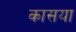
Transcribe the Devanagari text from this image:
कासया